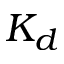
K _ { d }